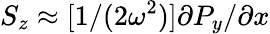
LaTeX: S_{z}\approx[1/(2\omega^{2})]\partial P_{y}/\partial{x}